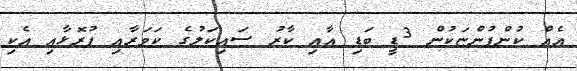
އެއް ކުންފުންޏަކުން 3ޑީ ބަޑި އާއި ކާރު ސައިކަލުގެ ކަވަރާއި ފުރޮޅާއި އެކި